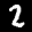
Label: 2